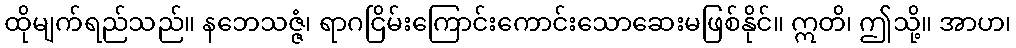
ထိုမျက်ရည်သည်။ နဘေသဇ္ဇံ၊ ရာဂငြိမ်းကြောင်းကောင်းသောဆေးမဖြစ်နိုင်။ ဣတိ၊ ဤသို့။ အာဟ၊